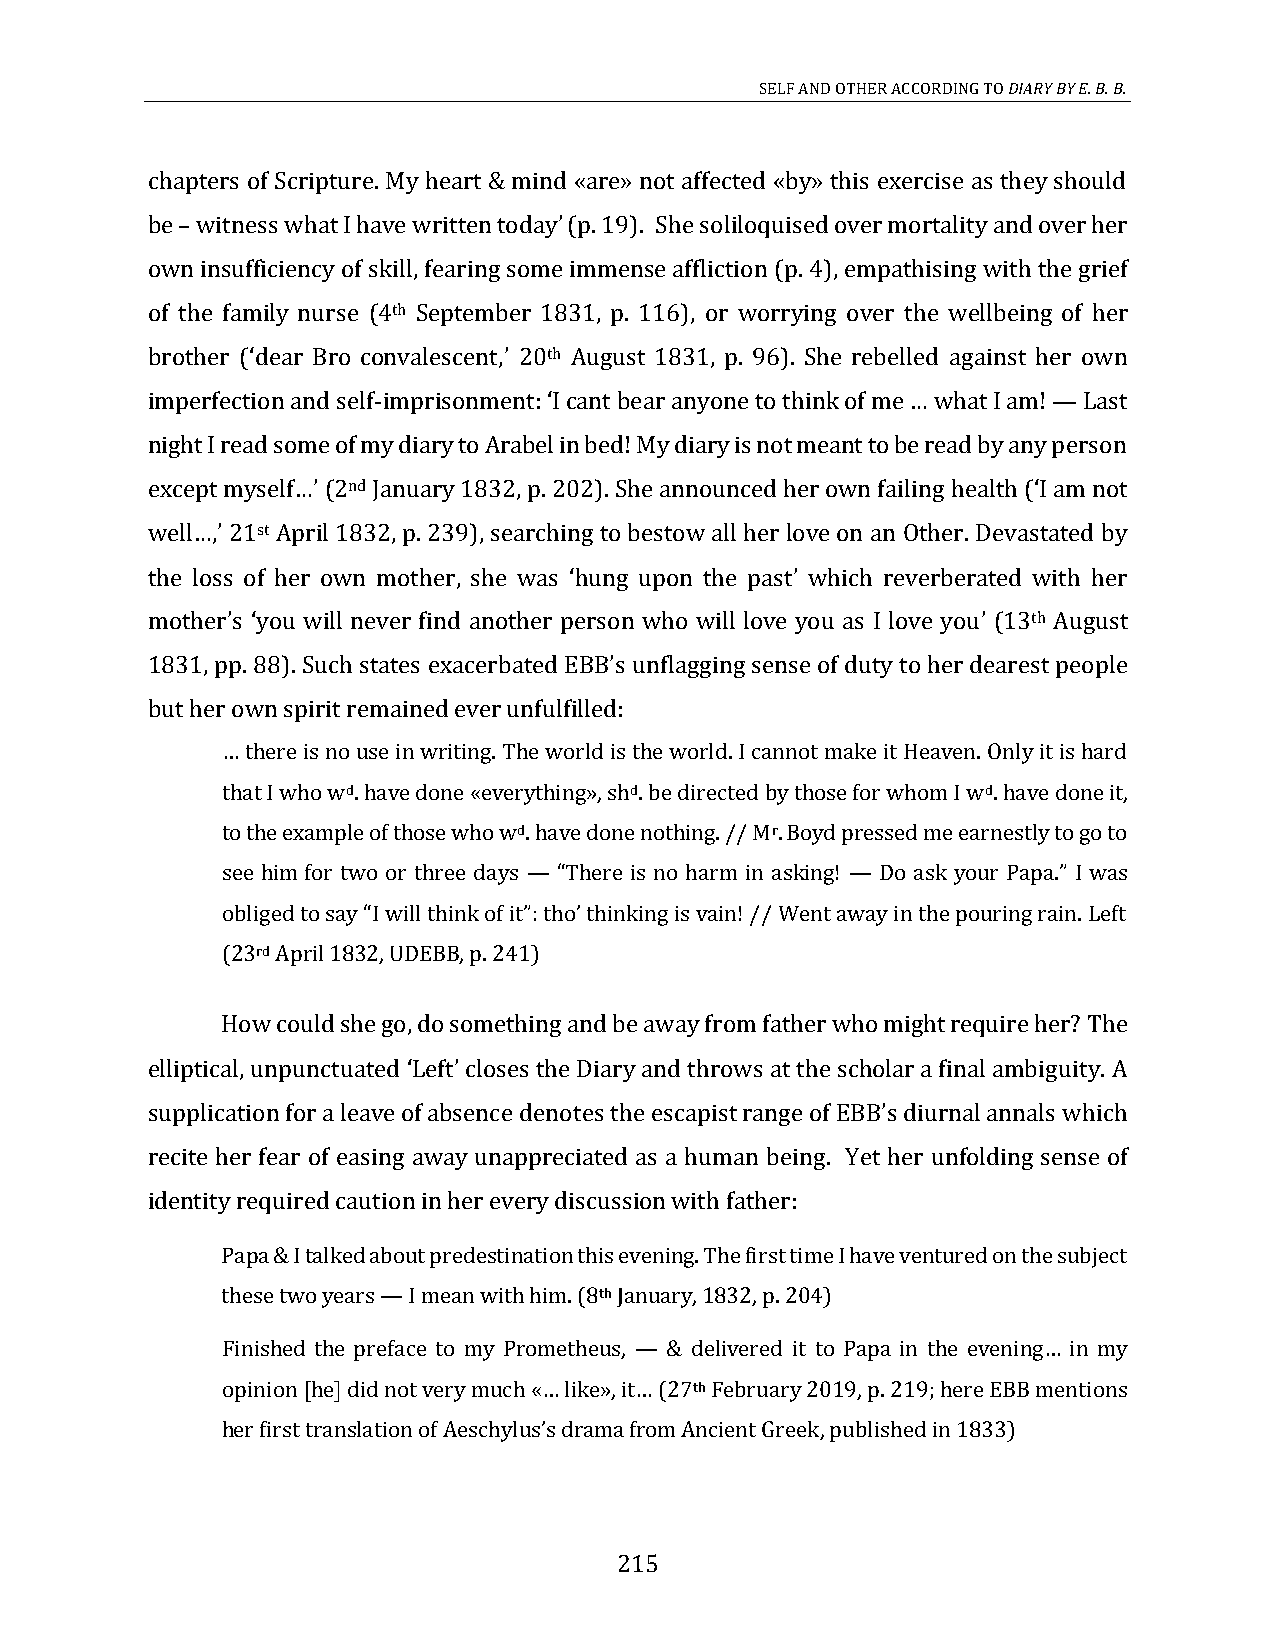
SELF AND OTHER ACCORDING TO DIARY BY E. B. B.
 chapters of Scripture. My heart & mind «are» not affected «by» this exercise as they should
 be witness what I have written today (p. 19). She soliloquised over mortality and over her
 own insufficiency of skill, fearing some immense affliction (p. 4), empathising with the grief
 –                        ’
 of the family nurse (4th September 1831, p. 116), or worrying over the wellbeing of her
 brother (dear Bro convalescent, 20th August 1831, p. 96). She rebelled against her own
 imperfection and self-imprisonment: I cant                    Last
 ‘                ’
 night I read some of my diary to Arabel in bed! My diary is not meant to be read by any person
 ‘    bear anyone to think of me … what I am! —
 (2nd January 1832, p. 202). She announced her own failing health (I am not
 21st April 1832, p. 239), searching to bestow all her love on an Other. Devastated by
 except myself…’                                           ‘
 the loss of her own mother, she was hung upon the past which reverberated with her
 well…,’
 you will never find another person who will love you as I love you (13th August
 ‘             ’
 1831, pp. 88). Such states exacerbated unflagging sense of duty to her dearest people
 mother’s ‘                                             ’
 but her own spirit remained ever unfulfilled:
 EBB’s
 that I who wd. have done «everything», shd. be directed by those for whom I wd. have done it,
 … there is no use in writing. The world is the world. I cannot make it Heaven. Only it is hard
 to the example of those who wd. have done nothing. // Mr. Boyd pressed me earnestly to go to
 see him for two or three days                           I was
 — “There is no harm in asking! — Do ask your Papa.”
 (23rd April 1832, UDEBB, p. 241)
 obliged to say “I will think of it”: tho’ thinking is vain! // Went away in the pouring rain. Left
 How could she go, do something and be away from father who might require her? The
 elliptical, unpunctuated Left closes the Diary and throws at the scholar a final ambiguity. A
 supplication for a leave of absence denotes the escapist range of diurnal annals which
 ‘  ’
 recite her fear of easing away unappreciated as a human being. Yet her unfolding sense of
 EBB’s
 identity required caution in her every discussion with father:
 Papa & I talked about predestination this evening. The first time I have ventured on the subject
 these two years I mean with him. (8th January, 1832, p. 204)
 Finished the pre—face to my Prometheus,
 th February 2019, p. 219; here EBB mentions
 — & delivered it to Papa in the evening… in my
 her first translation of               , published in 1833)
 opinion [he] did not very much «… like», it… (27
 Aeschylus’s drama from Ancient Greek
 215